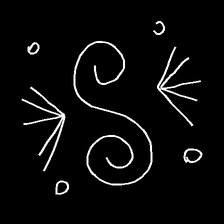
Glyph: aeroform